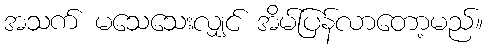
အသက် မသေသေးလျှင် အိမ်ပြန်လာတော့မည်။